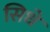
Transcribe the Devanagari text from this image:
सिधे